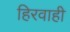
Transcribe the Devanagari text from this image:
हिरवाही